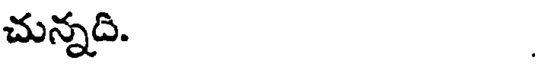
చున్నది.